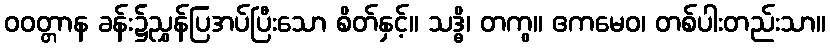
ဝဝတ္တာန ခန်း၌ညွှန်ပြအပ်ပြီးသော စိတ်နှင့်။ သဒ္ဓိ၊ တကွ။ ဧကမေဝ၊ တစ်ပါးတည်းသာ။